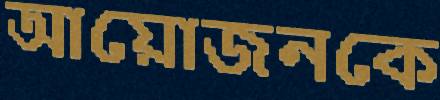
আয়োজনকে